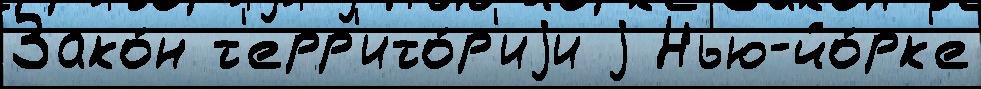
Зако́н т'ерр'ито́р'иjи j Нью-йо́рк'е